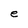
Character: e